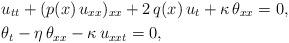
LaTeX: \begin{align*}& u_{tt} + (p(x)\,u_{xx})_{xx} + 2\,q(x)\,u_{t} + \kappa\,\theta_{xx} = 0, \\& \theta_{t} - \eta\,\theta_{xx} - \kappa \,u_{xxt} = 0,\end{align*}